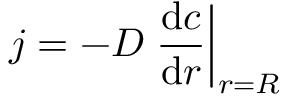
j = - { \cal D } \left. \frac { \mathrm { d } c } { \mathrm { d } r } \right| _ { r = R }